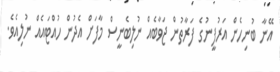
އޭނާ ބުނިހެން އަރުފީނުގެ ފަރާތުން ޖަވާބެއް ނުލިބެނީސް މާފަށް އެދުން ހުއްޓައެއް ނުލިއެވެ.